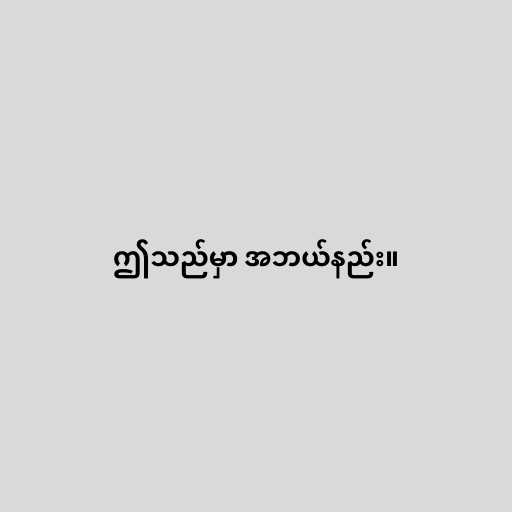
ဤသည်မှာ အဘယ်နည်း။